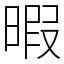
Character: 暇